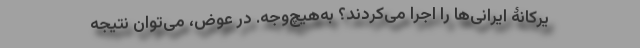
یرکانۀ ایرانی‌ها را اجرا می‌کردند؟ به‌هیچ‌وجه. در عوض، می‌توان نتیجه